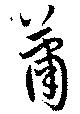
蕭